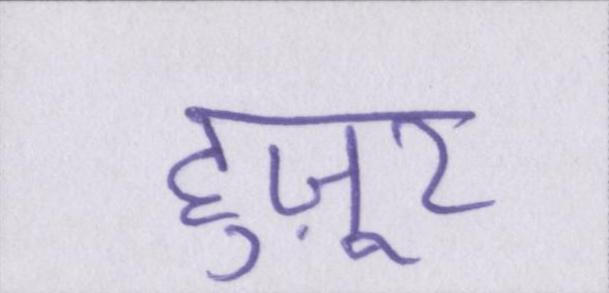
हुज़ूर